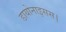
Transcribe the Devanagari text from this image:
डायोनाइसस।